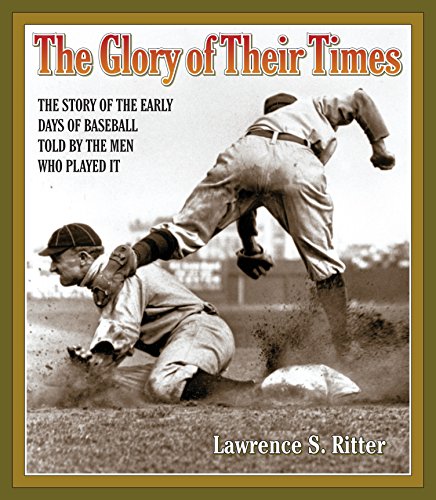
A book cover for The Glory of Their Times: The Story of the Early Days of Baseball Told by the Men Who Played It; Lawrence S. Ritter; Humor & Entertainment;